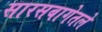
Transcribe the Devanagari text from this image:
सारसबागेतले